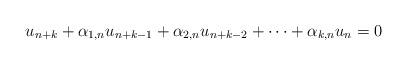
LaTeX: \begin{align*}u_{n+k} +\alpha_{1,n}u_{n+k-1} +\alpha_{2,n}u_{n+k-2} +\cdots +\alpha_{k,n}u_{n} =0\end{align*}